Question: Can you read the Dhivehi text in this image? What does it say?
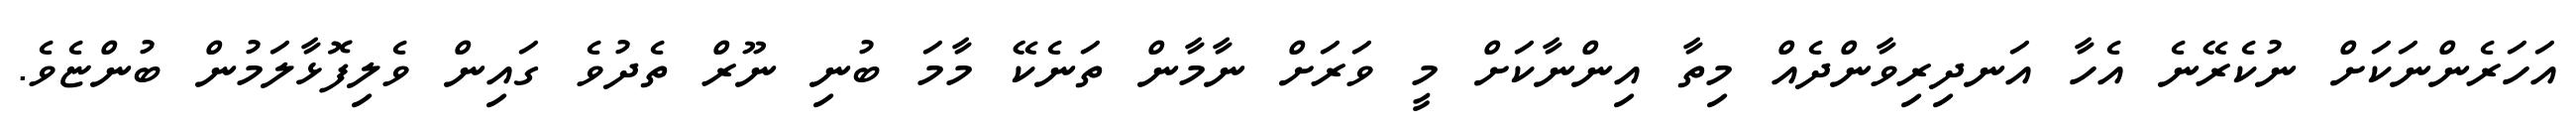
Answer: އަހަރެންނަކަށް ނުކެރޭނެ އެހާ އަނދިރިވާންދެއް މިތާ އިންނާކަށް މީ ވަރަށް ނާމާން ތަނެކޭ މާމަ ބުނި ނޫރް ތެދުވެ ގައިން ވެލިފޮޅާލަމުން ބުންޏެވެ.